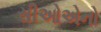
સીઓએનો